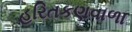
હરિતકણવાળા